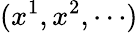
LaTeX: (x^{1},x^{2},\cdots)